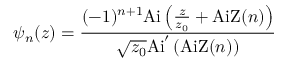
\psi _ { n } ( z ) = \frac { ( - 1 ) ^ { n + 1 } \mathrm { A i } \left( \frac { z } { z _ { 0 } } + \mathrm { A i Z } ( n ) \right) } { \sqrt { z _ { 0 } } \mathrm { A i } ^ { \prime } \left( \mathrm { A i Z } ( n ) \right) }